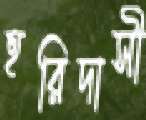
হরিদাসী